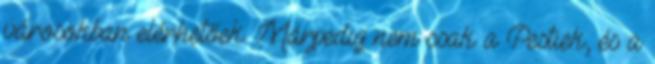
városokban elérhetőek. Márpedig nem csak a Pestiek, és a